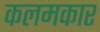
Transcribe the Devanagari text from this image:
कलमकार